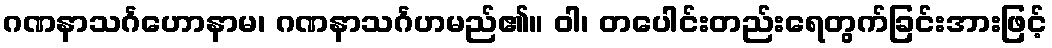
ဂဏနာသင်္ဂဟောနာမ၊ ဂဏနာသင်္ဂဟမည်၏။ ဝါ၊ တပေါင်းတည်းရေတွက်ခြင်းအားဖြင့်